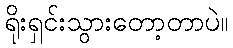
ရိုးရှင်းသွားတော့တာပဲ။